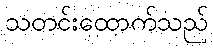
သတင်းထောက်သည်